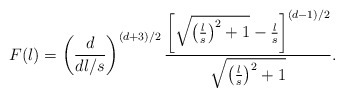
\begin{align*}F(l)=\left(d\over d l/s\right)^{(d+3)/2}{\left[\sqrt{\left(l\over s \right)^2+1}-{l\over s}\right]^{(d-1)/2}\over\sqrt{\left(l\over s \right)^2+1}}.\end{align*}